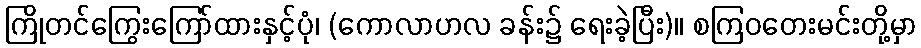
ကြိုတင်ကြွေးကြော်ထားနှင့်ပုံ၊ (ကောလာဟလ ခန်း၌ ရေးခဲ့ပြီး)။ စကြဝတေးမင်းတို့မှာ